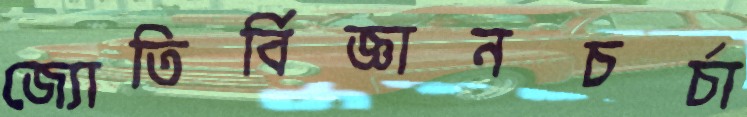
জ্যোতির্বিজ্ঞানচর্চা